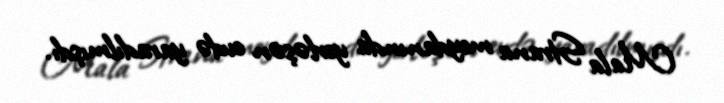
Mala Strana meydanında yerləşən evdə yaradılmışdı.